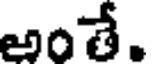
అంతే.